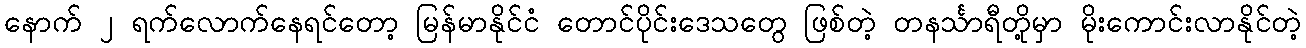
နောက် ၂ ရက်လောက်နေရင်တော့ မြန်မာနိုင်ငံ တောင်ပိုင်းဒေသတွေ ဖြစ်တဲ့ တနင်္သာရီတို့မှာ မိုးကောင်းလာနိုင်တဲ့